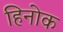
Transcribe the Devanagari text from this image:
हिनोक